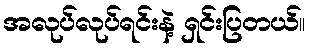
အလုပ်လုပ်ရင်းနဲ့ ရှင်းပြတယ်။